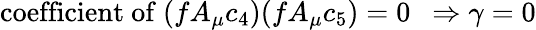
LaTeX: \mathrm{coefficient~of~}(fA_{\mu}c_{4})(fA_{\mu}c_{5})=0\ \ \Rightarrow\gamma=0